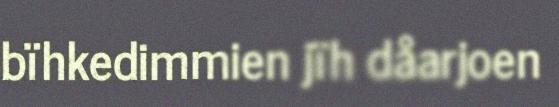
bïhkedimmien jïh dåarjoen